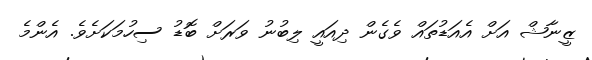
ޒީނާޝް އަށް އެއަޑުތައް ވެގެން ދިއައީ ލިބުނު ވަރަށް ބޮޑު ސިހުމަކަށެވެ. އެންމެ